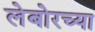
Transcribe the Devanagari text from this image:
लेबोरच्या